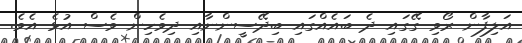
އަލިފާން ރޯވި ގޭގައި ދެ ބައެއްގައި ބިދޭސީންނާއި ދިވެހިން ވެސް އުޅެ އެވެ.